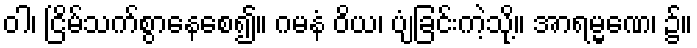
ဝါ၊ ငြိမ်သက်စွာနေစေ၍။ ဂမနံ ဝိယ၊ ပျံခြင်းကဲ့သို့။ အာရမ္မဏေ၊ ၌။